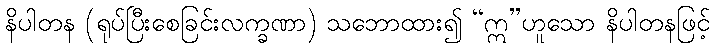
နိပါတန (ရုပ်ပြီးစေခြင်းလက္ခဏာ) သဘောထား၍ “ဣ”ဟူသော နိပါတနဖြင့်